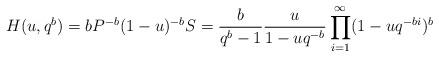
LaTeX: \begin{align*} H(u,q^b) = bP^{-b}(1-u)^{-b}S=\frac{b}{q^{b}-1}\frac{u}{1-uq^{-b}}\prod_{i=1}^{\infty}(1-uq^{-bi})^b\end{align*}